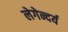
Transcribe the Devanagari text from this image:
लेगेन्दर्य